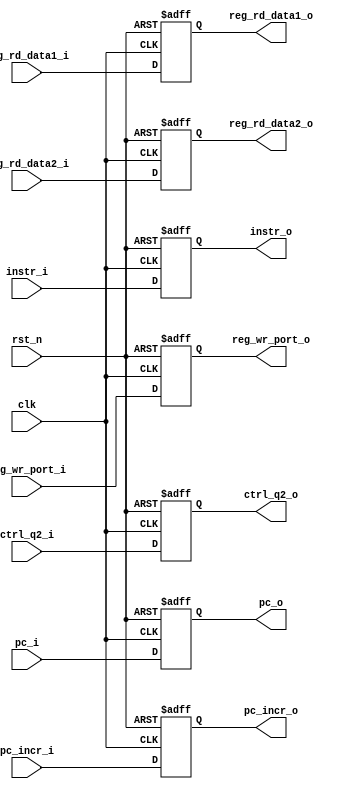
// This program was cloned from: https://github.com/matiasilva/riscv-cpu
// License: GNU General Public License v3.0

/* instruction decode/register file access to execute/ALU */
module q2q3 #(
    parameter CTRL_WIDTH = 16
) (
    input                   clk,
    input                   rst_n,
    input  [          31:0] pc_i,
    output [          31:0] pc_o,
    input  [          31:0] reg_rd_data1_i,
    output [          31:0] reg_rd_data1_o,
    input  [          31:0] reg_rd_data2_i,
    output [          31:0] reg_rd_data2_o,
    input  [           4:0] reg_wr_port_i,
    output [           4:0] reg_wr_port_o,
    input  [CTRL_WIDTH-1:0] ctrl_q2_i,
    output [CTRL_WIDTH-1:0] ctrl_q2_o,
    input  [          31:0] instr_i,
    output [          31:0] instr_o,
    input  [          31:0] pc_incr_i,
    output [          31:0] pc_incr_o

);

  reg [          31:0] next_pc;
  reg [          31:0] next_pc_incr;

  reg [          31:0] next_reg_rd_data1;
  reg [          31:0] next_reg_rd_data2;
  reg [           4:0] next_reg_wr_port;
  reg [CTRL_WIDTH-1:0] next_ctrl_q2;
  reg [          31:0] next_instr;

  always @(posedge clk or negedge rst_n) begin
    if (~rst_n) begin
      next_pc           <= 0;
      next_reg_rd_data1 <= 0;
      next_reg_rd_data2 <= 0;
      next_reg_wr_port  <= 0;
      next_ctrl_q2      <= 0;
      next_instr        <= 32'h00000013;  //  NOP;
      next_pc_incr      <= 0;

    end else begin
      next_pc           <= pc_i;
      next_reg_rd_data1 <= reg_rd_data1_i;
      next_reg_rd_data2 <= reg_rd_data2_i;
      next_reg_wr_port  <= reg_wr_port_i;
      next_ctrl_q2      <= ctrl_q2_i;
      next_instr        <= instr_i;
      next_pc_incr      <= pc_incr_i;

    end
  end

  assign pc_o           = next_pc;
  assign pc_incr_o      = next_pc_incr;

  assign reg_rd_data1_o = next_reg_rd_data1;
  assign reg_rd_data2_o = next_reg_rd_data2;
  assign reg_wr_port_o  = next_reg_wr_port;
  assign ctrl_q2_o      = next_ctrl_q2;
  assign instr_o        = next_instr;
endmodule